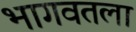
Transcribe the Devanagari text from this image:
भागवतला